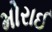
મોરાઈ